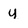
Character: u